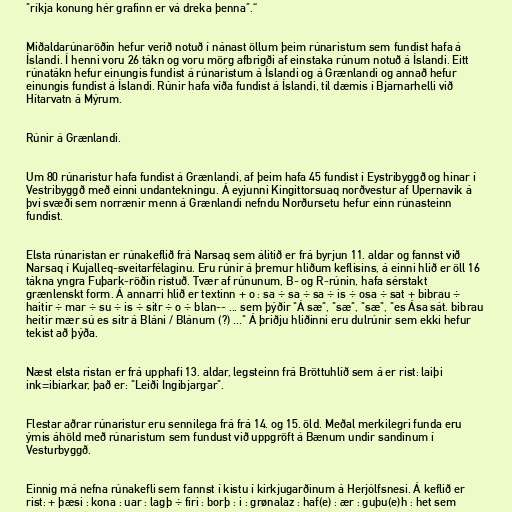
"ríkja konung hér grafinn er vá dreka þenna".“

Miðaldarúnaröðin hefur verið notuð í nánast öllum þeim rúnaristum sem fundist hafa á
Íslandi. Í henni voru 26 tákn og voru mörg afbrigði af einstaka rúnum notuð á Íslandi. Eitt
rúnatákn hefur einungis fundist á rúnaristum á Íslandi og á Grænlandi og annað hefur
einungis fundist á Íslandi. Rúnir hafa víða fundist á Íslandi, til dæmis í Bjarnarhelli við
Hítarvatn á Mýrum.

Rúnir á Grænlandi.

Um 80 rúnaristur hafa fundist á Grænlandi, af þeim hafa 45 fundist í Eystribyggð og hinar í
Vestribyggð með einni undantekningu. Á eyjunni Kingittorsuaq norðvestur af Upernavik á
því svæði sem norrænir menn á Grænlandi nefndu Norðursetu hefur einn rúnasteinn
fundist.

Elsta rúnaristan er rúnakeflið frá Narsaq sem álitið er frá byrjun 11. aldar og fannst við
Narsaq í Kujalleq-sveitarfélaginu. Eru rúnir á þremur hliðum keflisins, á einni hlið er öll 16
tákna yngra Fuþark-röðin ristuð. Tvær af rúnunum, B- og R-rúnin, hafa sérstakt
grænlenskt form. Á annarri hlið er textinn + o : sa ÷ sa ÷ sa ÷ is ÷ osa ÷ sat + bibrau ÷
haitir ÷ mar ÷ su ÷ is ÷ sitr ÷ o ÷ blan-- ... sem þýðir "Á sæ", "sæ", "sæ", "es Ása sát. bibrau
heitir mær sú es sitr á Bláni / Blánum (?) ..." Á þriðju hliðinni eru dulrúnir sem ekki hefur
tekist að þýða.

Næst elsta ristan er frá upphafi 13. aldar, legsteinn frá Bröttuhlíð sem á er rist: laiþi
ink=ibiarkar, það er: "Leiði Ingibjargar".

Flestar aðrar rúnaristur eru sennilega frá frá 14. og 15. öld. Meðal merkilegri funda eru
ýmis áhöld með rúnaristum sem fundust við uppgröft á Bænum undir sandinum í
Vesturbyggð.

Einnig má nefna rúnakefli sem fannst í kistu í kirkjugarðinum á Herjólfsnesi. Á keflið er
rist: + þæsi : kona : uar : lagþ ÷ firi : borþ : i : grønalaz : haf(e) : ær : guþu(e)h : het sem